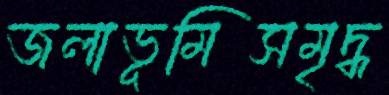
জলাভূমিসমৃদ্ধ